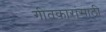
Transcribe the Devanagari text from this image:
गीतकारांसाठी